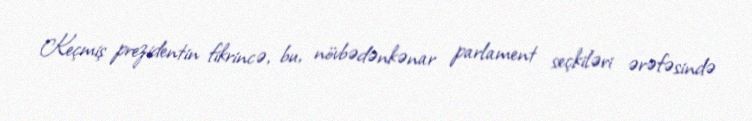
Keçmiş prezidentin fikrincə, bu, növbədənkənar parlament seçkiləri ərəfəsində